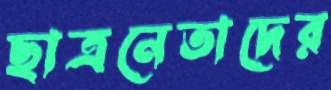
ছাত্রনেতাদের